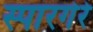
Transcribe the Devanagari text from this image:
स्पारगेरे